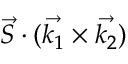
\vec { S } \cdot ( \vec { k _ { 1 } } \times \vec { k _ { 2 } } )